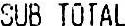
SUB TOTAL